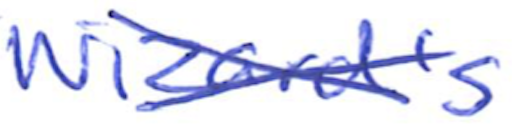
Text: Wizard's
Cross-out: cross
Writing tool: ballpoint